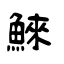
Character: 鯠